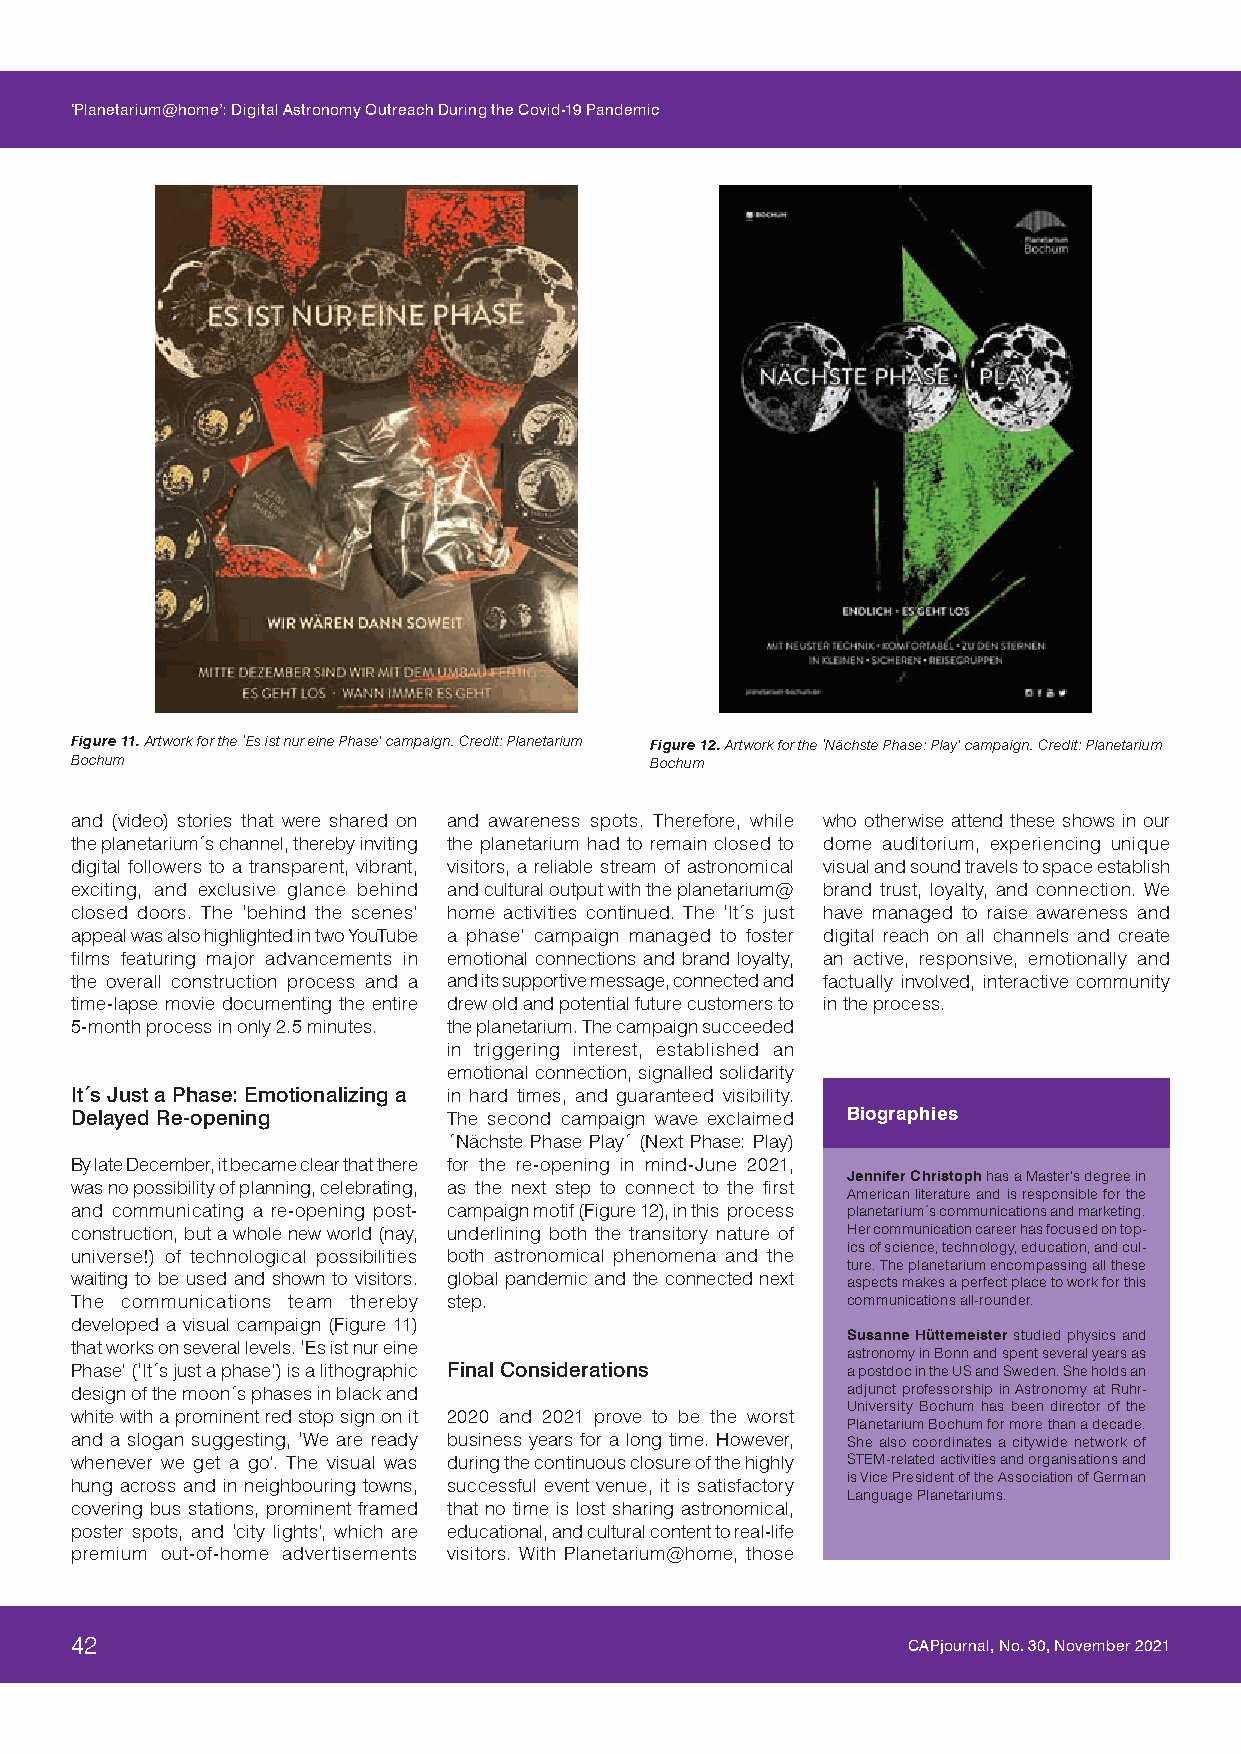
‘Planetarium@home’: Digital Astronomy Outreach During the Covid-19 Pandemic
 Figure 11. Artwork for the ‘Es ist nur eine Phase’ campaign. Credit: Planetarium Figure 12. Artwork for the ‘Nächste Phase: Play’ campaign. Credit: Planetarium
 Bochum                                Bochum
 and (video) stories that were shared on and awareness spots. Therefore, while who otherwise attend these shows in our
 the planetarium´s channel, thereby inviting the planetarium had to remain closed to dome auditorium, experiencing unique
 digital followers to a transparent, vibrant, visitors, a reliable stream of astronomical visual and sound travels to space establish
 exciting, and exclusive glance behind and cultural output with the planetarium@ brand trust, loyalty, and connection. We
 closed doors. The ‘behind the scenes’ home activities continued. The ‘It´s just have managed to raise awareness and
 appeal was also highlighted in two YouTube a phase’ campaign managed to foster digital reach on all channels and create
 films featuring major advancements in emotional connections and brand loyalty, an active, responsive, emotionally and
 the overall construction process and a and its supportive message, connected and factually involved, interactive community
 time-lapse movie documenting the entire drew old and potential future customers to in the process.
 5-month process in only 2.5 minutes. the planetarium. The campaign succeeded
 in triggering interest, established an
 emotional connection, signalled solidarity
 It´s Just a Phase: Emotionalizing a in hard times, and guaranteed visibility.
 Delayed Re-opening       The second campaign wave exclaimed Biographies
 ´Nächste Phase Play´ (Next Phase: Play)
 By late December, it became clear that there for the re-opening in mind-June 2021,
 Jennifer Christoph has a Master’s degree in
 was no possibility of planning, celebrating, as the next step to connect to the first
 American literature and is responsible for the
 and communicating a re-opening post- campaign motif (Figure 12), in this process planetarium´s communications and marketing.
 construction, but a whole new world (nay, underlining both the transitory nature of Her communication career has focused on top-
 ics of science, technology, education, and cul-
 universe!) of technological possibilities both astronomical phenomena and the
 ture. The planetarium encompassing all these
 waiting to be used and shown to visitors. global pandemic and the connected next aspects makes a perfect place to work for this
 The communications team thereby step.              communications all-rounder.
 developed a visual campaign (Figure 11)
 Susanne Hüttemeister studied physics and
 that works on several levels. ‘Es ist nur eine
 astronomy in Bonn and spent several years as
 Phase’ (‘It´s just a phase’) is a lithographic Final Considerations a postdoc in the US and Sweden. She holds an
 design of the moon´s phases in black and           adjunct professorship in Astronomy at Ruhr-
 University Bochum has been director of the
 white with a prominent red stop sign on it 2020 and 2021 prove to be the worst
 Planetarium Bochum for more than a decade.
 and a slogan suggesting, ‘We are ready business years for a long time. However, She also coordinates a citywide network of
 whenever we get a go’. The visual was during the continuous closure of the highly STEM-related activities and organisations and
 is Vice President of the Association of German
 hung across and in neighbouring towns, successful event venue, it is satisfactory
 Language Planetariums.
 covering bus stations, prominent framed that no time is lost sharing astronomical,
 poster spots, and ‘city lights’, which are educational, and cultural content to real-life
 premium out-of-home advertisements visitors. With Planetarium@home, those
 42                                                     CAPjournal, No. 30, November 2021